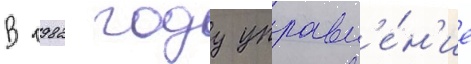
В 1982 году управл'е́н'ие